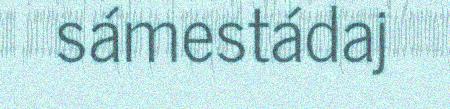
sámestádaj